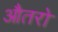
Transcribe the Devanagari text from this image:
औतरो